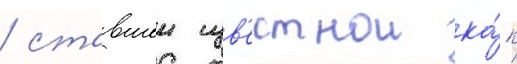
/ ставшеи изв'естнои ка́к